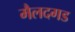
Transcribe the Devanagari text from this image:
मैलदगड